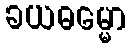
ခယဓမ္မော